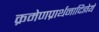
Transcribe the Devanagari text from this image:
क्रमेणप्रार्थनादिज्ञेयं